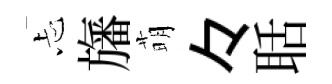
忐旛萌々聒